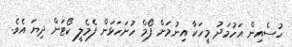
ހުސެއިން އަހުމަދު މީހަކާ އިނުމަށް ފޯމް ހުށަހަޅަން ފެމެލީ ކޯޓަށް ދިޔަ އެވެ.